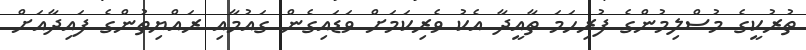
ތުރުކީގެ މުސްލިމުންގެ ފުރިހަމަ ތާއީދާ އެކު ވެރިކަމަށް ވަޑައިގެން ގައުމާއި ރައްޔިތުންގެ ފައިދާއަށް